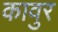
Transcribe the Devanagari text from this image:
कावुर